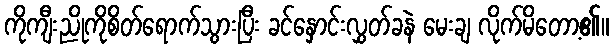
ကိုကျီးညိုကိုစိတ်ရောက်သွားပြီး ခင်နှောင်းလွှတ်ခနဲ မေးချ လိုက်မိတော့၏။